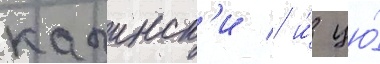
качинск'и / и́ цю́